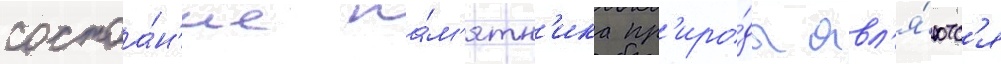
состоа́н'ие па́м'ятн'ика пр'иро́ды явл'я́ютс'я